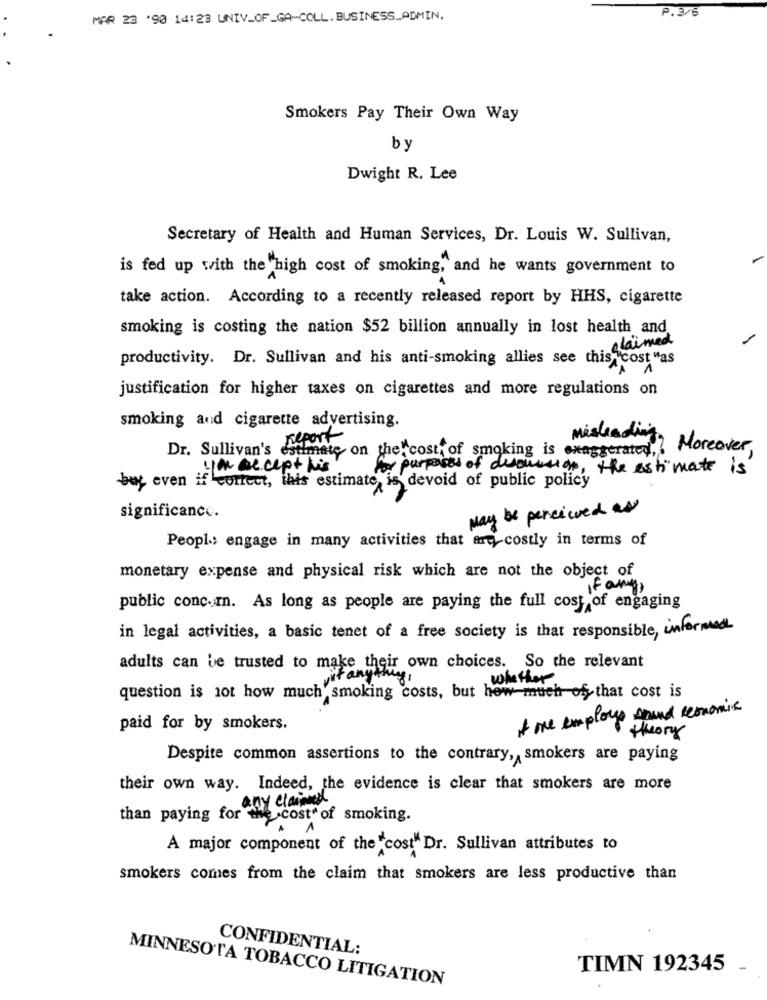
P. 3/5
MAR 23 '90 14:23 UNIV_OF_GA-COLL. BUSINESS_ADMIN.
Smokers Pay Their Own Way
by
Dwight R. Lee
Secretary of Health and Human Services, Dr. Louis W. Sullivan,
is fed up with the high cost of smoking, and he wants government to
take action. According to a recently released report by HHS, cigarette
smoking is costing the nation $52 billion annually in lost health and
claimed
productivity. Dr. Sullivan and his anti-smoking allies see this cost "as
justification for higher taxes on cigarettes and more regulations on
smoking and cigarette advertising.
report
Mished
Dr. Sullivan's estimate on the cost of smoking is exaggerated ,.
Moreover,
you are cept his
for purposes of discussion, the estimate is
but even if correct, this estimate is devoid of public policy
significance.
May be percieved as
Peopl .; engage in many activities that are costly in terms of
monetary expense and physical risk which are not the object of
If any,
public conc.I. As long as people are paying the full cost of engaging
in legal activities, a basic tenet of a free society is that responsible, informed
adults can be trusted to make their own choices. So the relevant
if anythi
whether
question is not how much smoking costs, but how much of that cost is
of me employs sound economic
paid for by smokers.
theory
Despite common assertions to the contrary, smokers are paying
their own way. Indeed, the evidence is clear that smokers are more
any claimed
than paying for the cost of smoking.
A major component of the "cost" Dr. Sullivan attributes to
smokers comes from the claim that smokers are less productive than
CONFIDENTIAL:
TIMN 192345
MINNESOTA TOBACCO LITIGATION